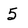
Character: 5